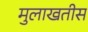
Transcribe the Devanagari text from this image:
मुलाखतीस